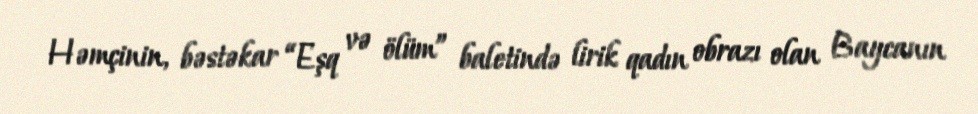
Həmçinin, bəstəkar “Eşq və ölüm” baletində lirik qadın obrazı olan Baycanın